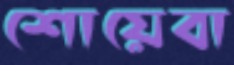
শোয়েবা